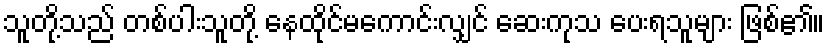
သူတို့သည် တစ်ပါးသူတို့ နေထိုင်မကောင်းလျှင် ဆေးကုသ ပေးရသူများ ဖြစ်၏။